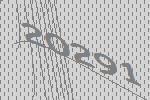
20291